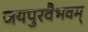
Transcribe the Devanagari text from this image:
जयपुरवैभवम्